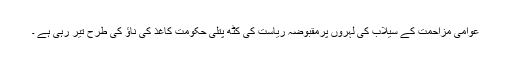
عوامی مزاحمت کے سیلاب کی لہروں پرمقبوضہ ریاست کی کٹھ پتلی حکومت کاغذ کی ناؤ کی طرح تیر رہی ہے ۔